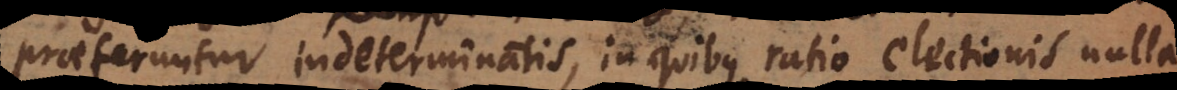
praeferuntur indeterminatis, in quibus ratio electionis nulla